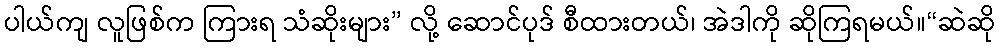
ပါယ်ကျ လူဖြစ်က ကြားရ သံဆိုးများ” လို့ ဆောင်ပုဒ် စီထားတယ်၊ အဲဒါကို ဆိုကြရမယ်။“ဆဲဆို